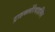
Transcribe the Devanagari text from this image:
ट्राइक्लोरेथाइलिन